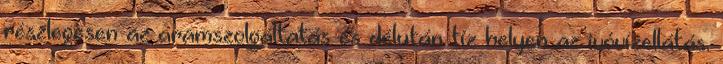
részlegesen az áramszolgáltatás és délután tíz helyen az ivóvízellátás.